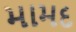
મામદ